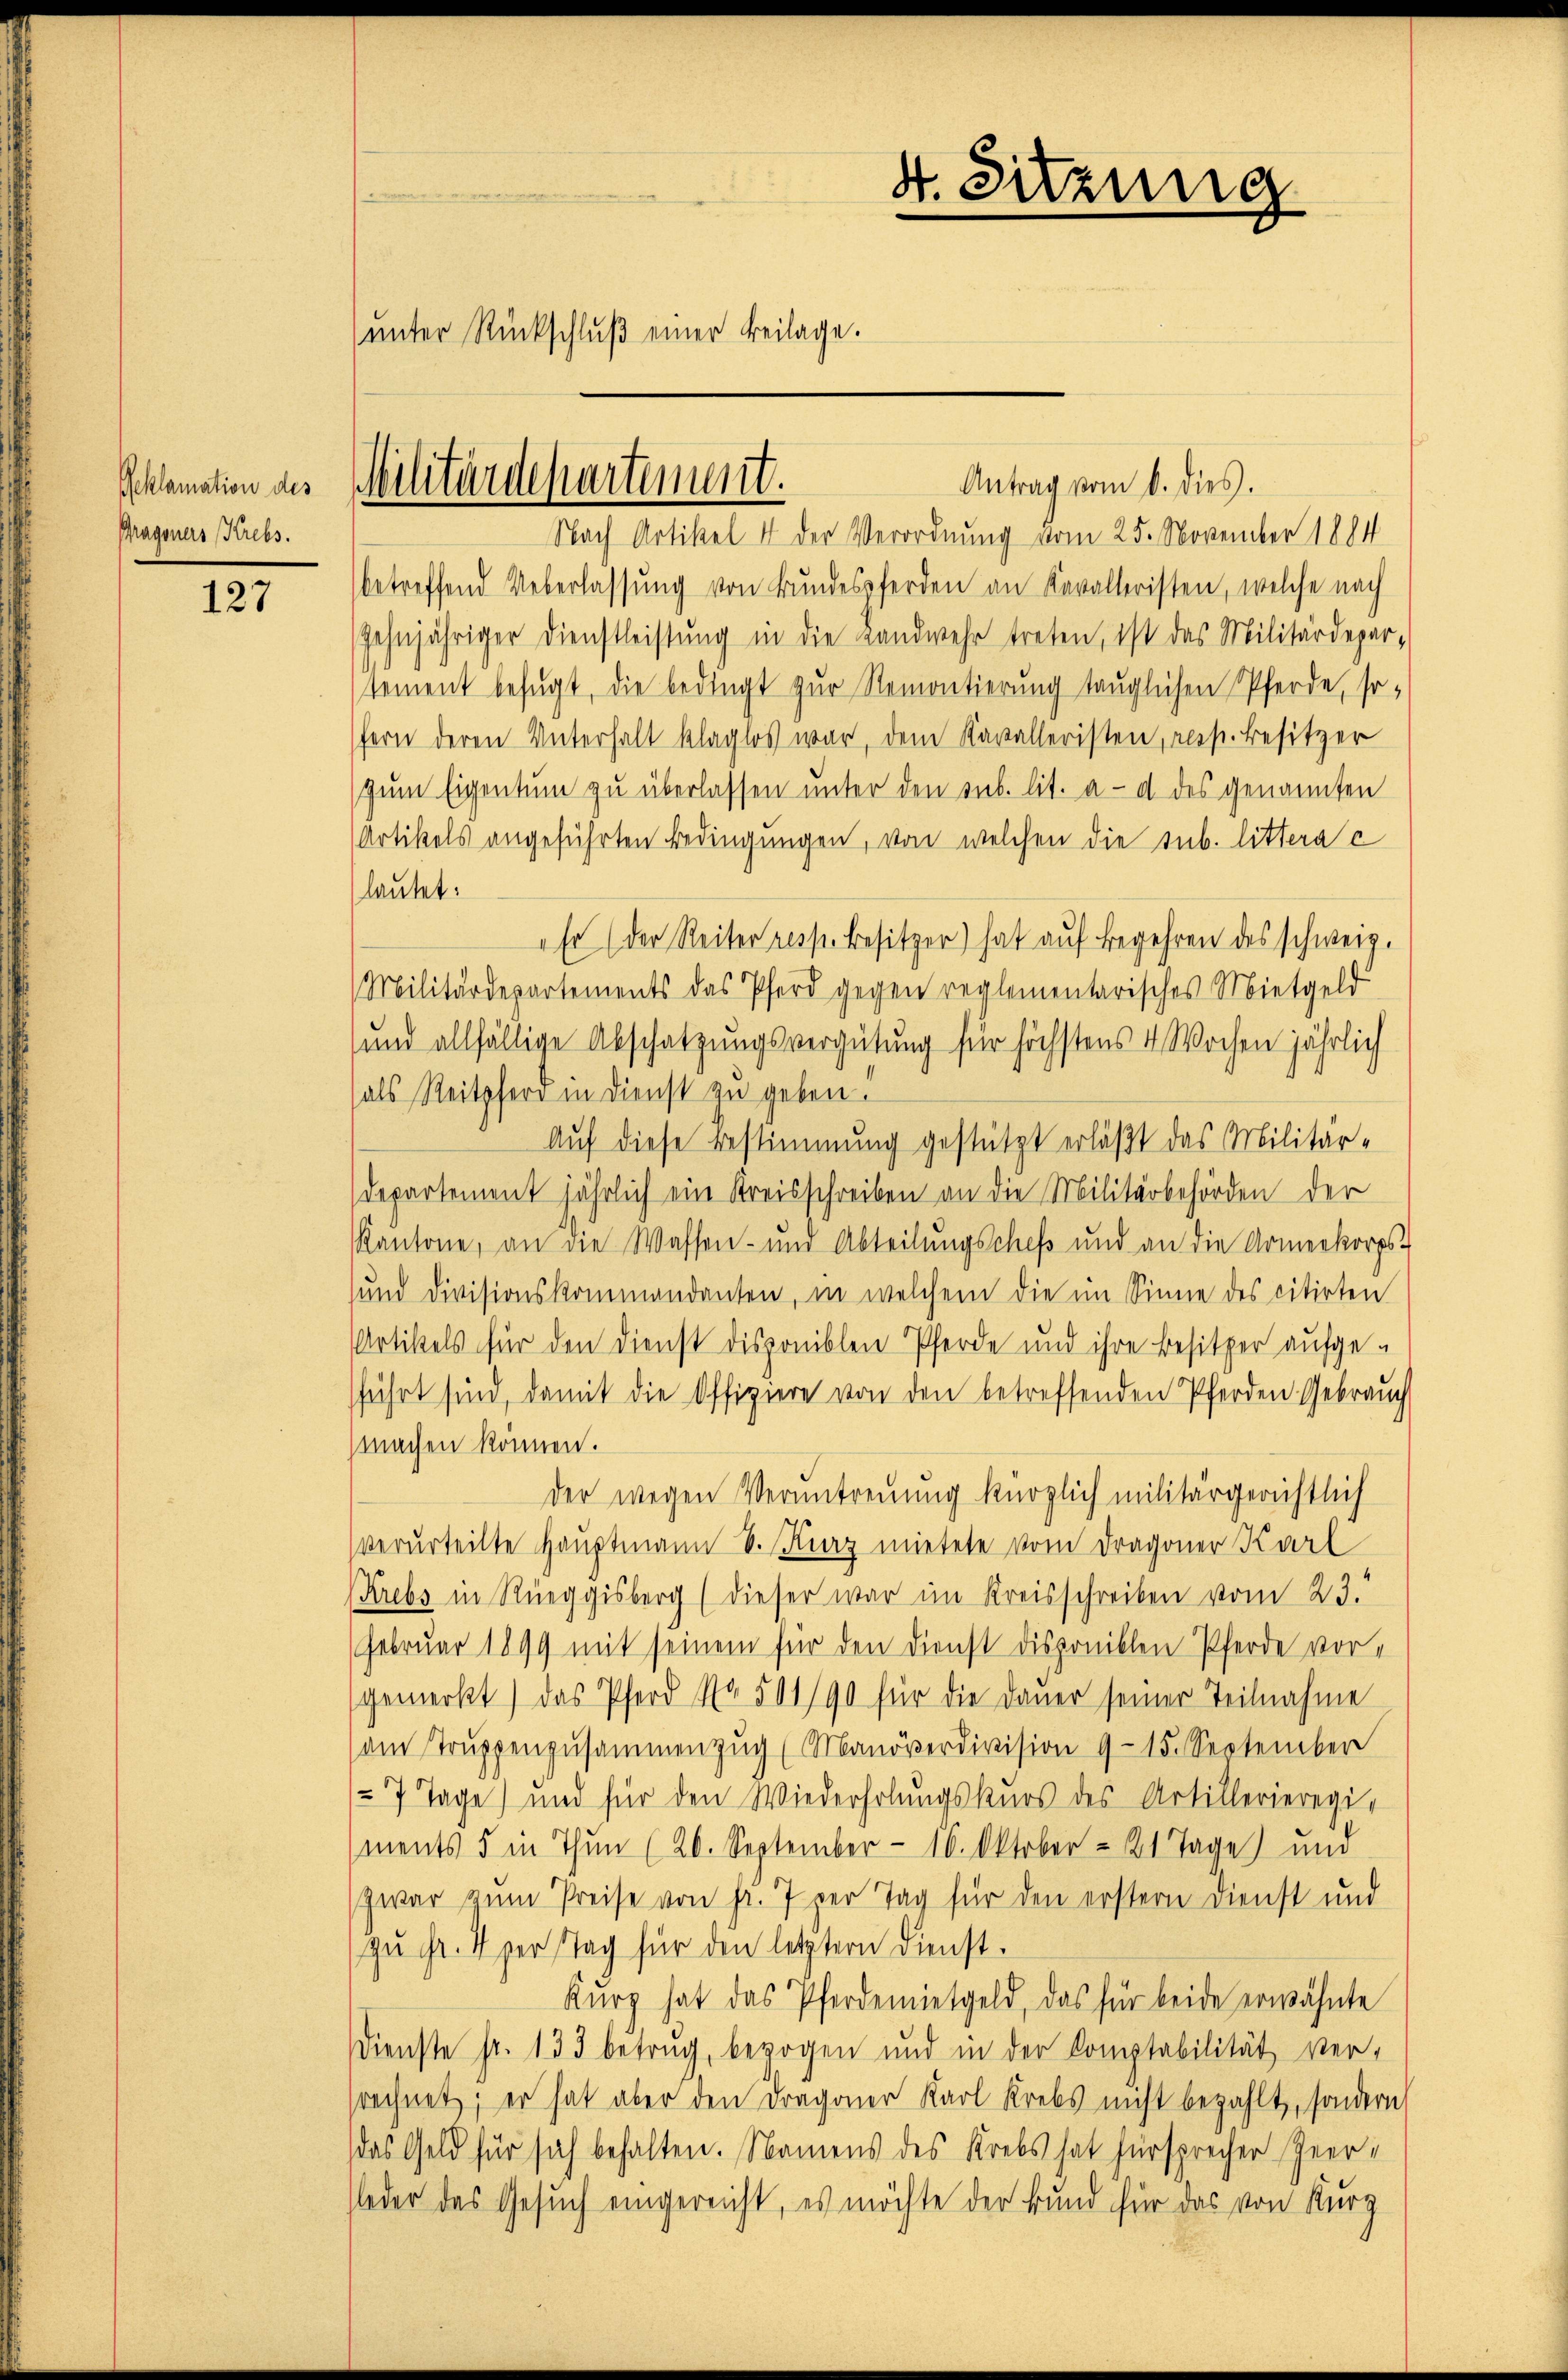
Reklamation des
Magoners Krebs.

127

lautet:

s
¬

4. Sitzung
unter Rückschluß einer Beilage.

Militärdepartement.

Antrag vom 6. dies.
Nach Artikel 4 der Verordnung vom 25. November 1894
betreffend Ueberlassŭng von Bundespferden an Kavalleristen, welche nach
zehnjähriger Dienstleistŭng in die Landwehr treten, ist das Militärdepar-
tement befugt, die bedingt zur Remontierung tauglichen Pferde, so-
fern deren Unterhalt klaglos war, dem Kavalleristen, resp. Besitzer
zŭm Eigentum zŭ überlassen ŭnter den enb. lit. ad des genannten
Artikels angeführten Bedingungen, von welchen die sub. littera c
Er (der Reiter resp. Besitzer) hat auf Begehren des schweiz.
Militärdepartements das Pferd gegen reglementarisches Mietgeld
und allfällige Abschatzungsvergütung für höchstens 4 Wochen jährlich
als Reitpferd in Dienst zu geben.
Auf diese Bestimmung gestützt erläßt das Militär¬
Departement jährlich ein Kreisschreiben an die Militärbehörden der
Kantone, an die Wassen- und Abteilŭngsches und an die Armenkorps-
und Divisionskommandanten, in welchem die im Sinne des citirten
Artikels für den Dienst disponiblen Pferde und ihre Besitzer aufge-
führt sind, damit die Offiziere von den betreffenden Pferden Gebrauch
machen können.
der wegen Verantreuung kürzlich militärgerichtlich
verurteilte Hauptmann v. Kurz mietete vom Dragoner Karl
Krebs in Rüeggisberg (dieser war im Kreisschreiben vom 23.
Februar 1899 mit seinem für den Dienst disponiblen Pferde vorgemerkt) das Pferd No. 501/90 für die Dauer seiner Teilnahme
am Trŭppenzusammenzŭg (Manöverdivision 9-15. September
 7 Tage) und für den Wiederholungskurs des Artillerieregi-
ments 5 in Thun (20. September - 16. Oktober - 21 Tage) und
zwar zum Preise von fr. 7 der Tag für den erstern Dienst und
zŭ fr. V per Tag für den letztern Dienst.
Kurz hat das Pferdemietgeld, das für beide erwähnte
Dienste fr. 133 betrug, bezogen und in der Comptabilität ver-
rechnet; er hat aber den Dragoner Karl Krebs nicht bezahlt, sondern
das Geld für sich behalten. Namens des Krebs hat fürsprecher Heerleder das Gesuch eingereicht, es möchte der Bund für das von Kurz